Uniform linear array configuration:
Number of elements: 16
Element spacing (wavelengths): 0.25
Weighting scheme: hamming
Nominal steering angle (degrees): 0
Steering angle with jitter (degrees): -0.8892
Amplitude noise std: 0.05
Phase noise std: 0.05

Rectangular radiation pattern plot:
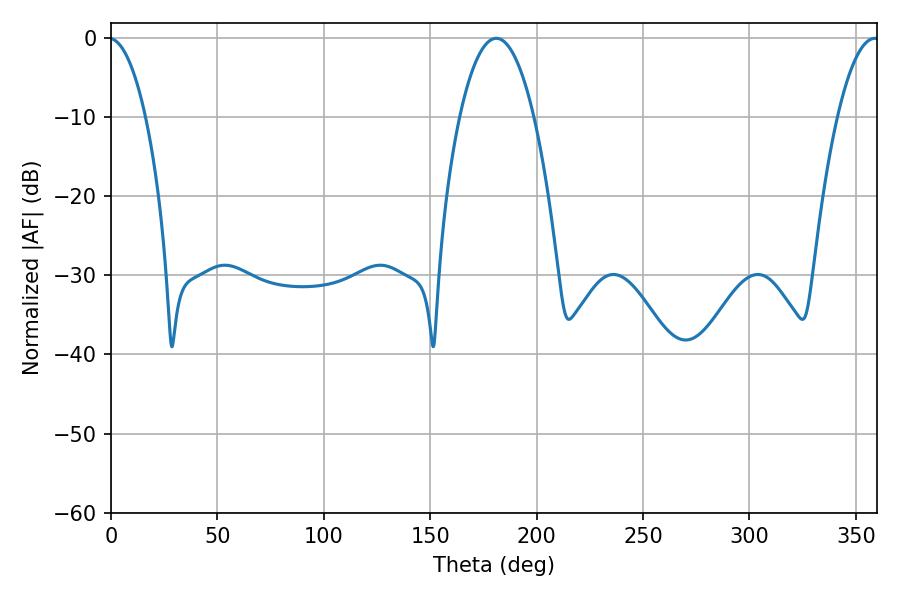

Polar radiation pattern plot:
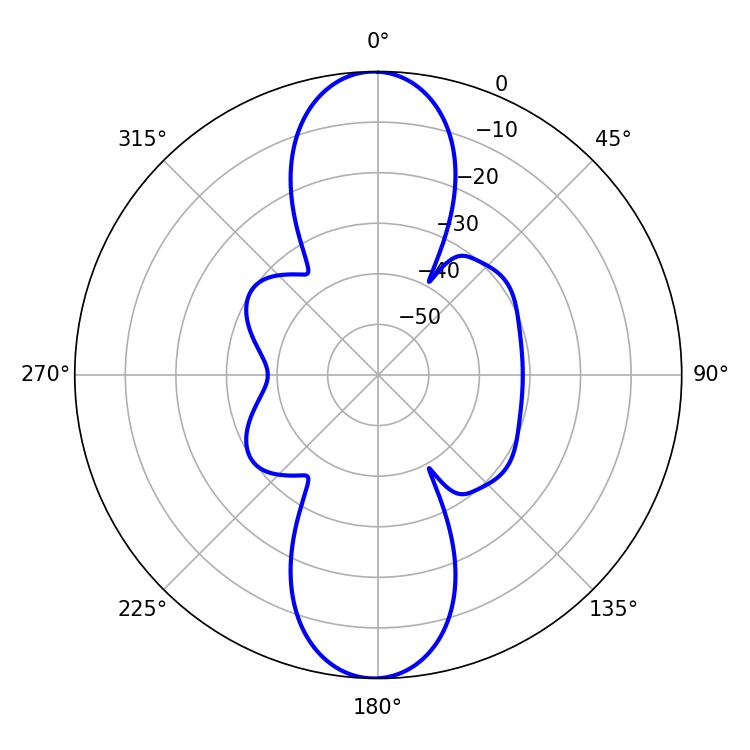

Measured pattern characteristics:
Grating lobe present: FALSE
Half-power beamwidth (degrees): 19.44
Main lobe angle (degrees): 181.08